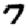
Digit: 7